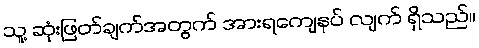
သူ့ ဆုံးဖြတ်ချက်အတွက် အားရကျေနပ် လျက် ရှိသည်။